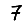
Digit: 7